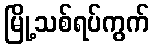
မြို့သစ်ရပ်ကွက်